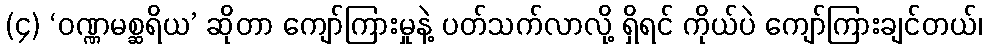
(၄) ‘ဝဏ္ဏမစ္ဆရိယ’ ဆိုတာ ကျော်ကြားမှုနဲ့ ပတ်သက်လာလို့ ရှိရင် ကိုယ်ပဲ ကျော်ကြားချင်တယ်၊